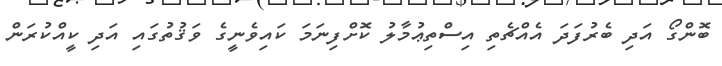
ބޮންގޯ އަދި ބެރުފަދަ އެއްޗެތި އިސްތިޢުމާލު ކޮށްފިނަމަ ކައިވެނީގެ ވަޤުތުގައި އަދި ކީއްކުރަން